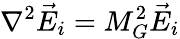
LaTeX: \nabla^{2}\vec{E}_{i}=M_{G}^{2}\vec{E}_{i}